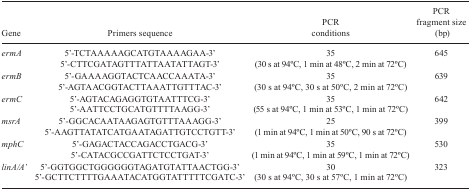
<table><thead><tr><td><b>Gene</b></td><td><b>Primers sequence</b></td><td><b>PCR conditions</b></td><td><b>PCR fragment size(bp)</b></td></tr></thead><tbody><tr><td><i>ermA</i></td><td>5’-TCTAAAAAGCATGTAAAAGAA-3’5’-CTTCGATAGTTTATTAATATTAGT-3’</td><td>35 (30 s at 94oC, 1 min at 48oC,2 min at 72oC)</td><td>645</td></tr><tr><td><i>ermB</i></td><td>5’-GAAAAGGTACTCAACCAAATA-3’5’-AGTAACGGTACTTAAATTGTTTAC-3’</td><td>35 (30 s at 94oC, 30 s at 50oC, 2min at 72oC)</td><td>639</td></tr><tr><td><i>ermC</i></td><td>5’-AGTACAGAGGTGTAATTTCG-3’5’-AATTCCTGCATGTTTTAAGG-3’</td><td>35 (55 s at 94oC, 1 min at 53oC,1 min at 72oC)</td><td>642</td></tr><tr><td><i>msrA</i></td><td>5’-GGCACAATAAGAGTGTTTAAAGG-3’5’-AAGTTATATCATGAATAGATTGTCCTGTT-3’</td><td>25 (1 min at 94oC, 1 min at 50oC,90 s at 72oC)</td><td>399</td></tr><tr><td><i>mphC</i></td><td>5’-GAGACTACCAGACCTGACG-3’5’-CATACGCCGATTCTCCTGAT-3’</td><td>35 (1 min at 94oC, 1 min at 59oC,1 min at 72oC)</td><td>530</td></tr><tr><td><i>linA/A’</i></td><td>5’-GGTGGCTGGGGGGTAGATGTATTAACTGG-3’5’-GCTTCTTTTGAAATACATGGTATTTTTCGATC-3’</td><td>30 (30 s at 94oC, 30 s at 57oC, 1min at 72oC)</td><td>323</td></tr></tbody></table>